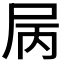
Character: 𡱆